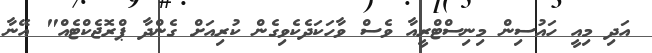
އަދި މިއީ ހައުސިން މިނިސްޓްރީއާ ވެސް ވާހަކަދެކެވިގެން ކުރިއަށް ގެންދާ ޕްރޮޖެކްޓެއް" އޭނާ